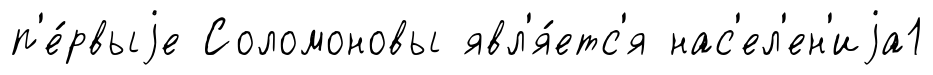
п'е́рвыjе Соломоновы явл'я́етс'я нас'ел'ен'иjа1